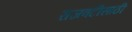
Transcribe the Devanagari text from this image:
राजवटीसाठी